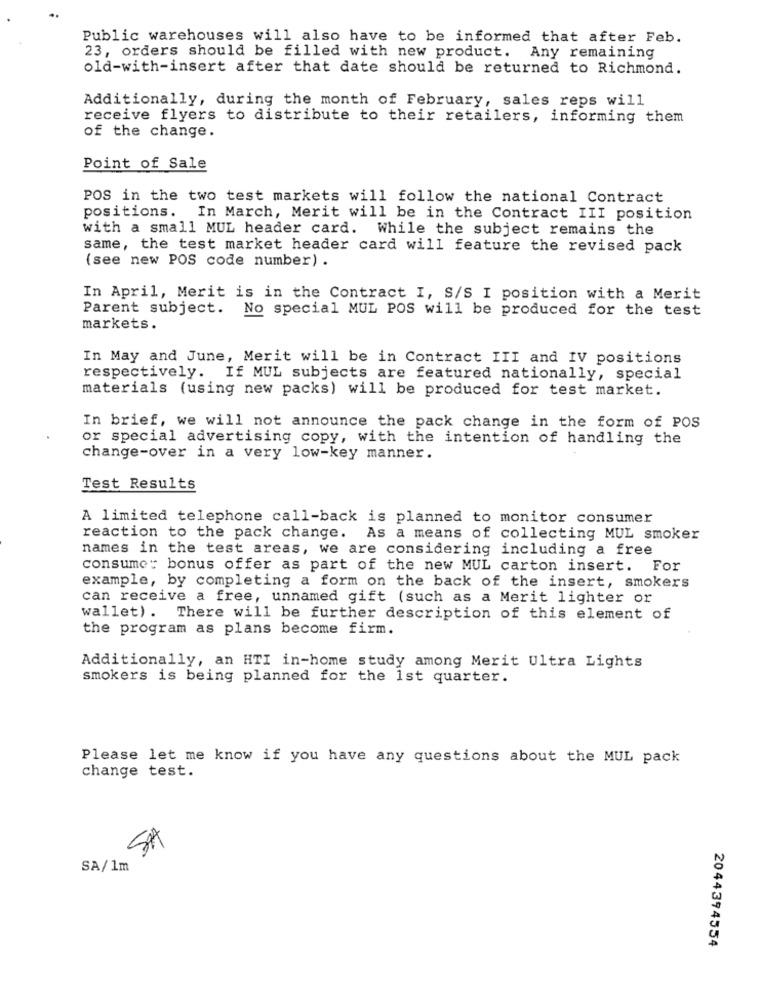
Public warehouses will also have to be informed that after Feb.
23, orders should be filled with new product. Any remaining
old-with-insert after that date should be returned to Richmond.
Additionally, during the month of February, sales reps will
receive flyers to distribute to their retailers, informing them
of the change.
Point of Sale
POS in the two test markets will follow the national Contract
positions. In March, Merit will be in the Contract III position
with a small MUL header card. While the subject remains the
same, the test market header card will feature the revised pack
(see new POS code number) .
In April, Merit is in the Contract I, S/S I position with a Merit
Parent subject. No special MUL POS will be produced for the test
markets.
In May and June, Merit will be in Contract III and IV positions
respectively. If MUL subjects are featured nationally, special
materials (using new packs) will be produced for test market.
In brief, we will not announce the pack change in the form of POS
or special advertising copy, with the intention of handling the
change-over in a very low-key manner.
Test Results
A limited telephone call-back is planned to monitor consumer
reaction to the pack change. As a means of collecting MUL smoker
names in the test areas, we are considering including a free
consume: bonus offer as part of the new MUL carton insert. For
example, by completing a form on the back of the insert, smokers
can receive a free, unnamed gift (such as a Merit lighter or
wallet). There will be further description of this element of
the program as plans become firm.
Additionally, an HTI in-home study among Merit Ultra Lights
smokers is being planned for the 1st quarter.
Please let me know if you have any questions about the MUL pack
change test.
SA
SA/1m
2044394554